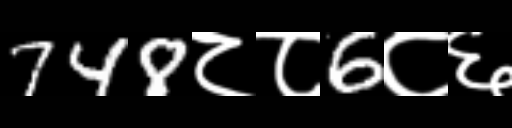
Text: 748८८6८६